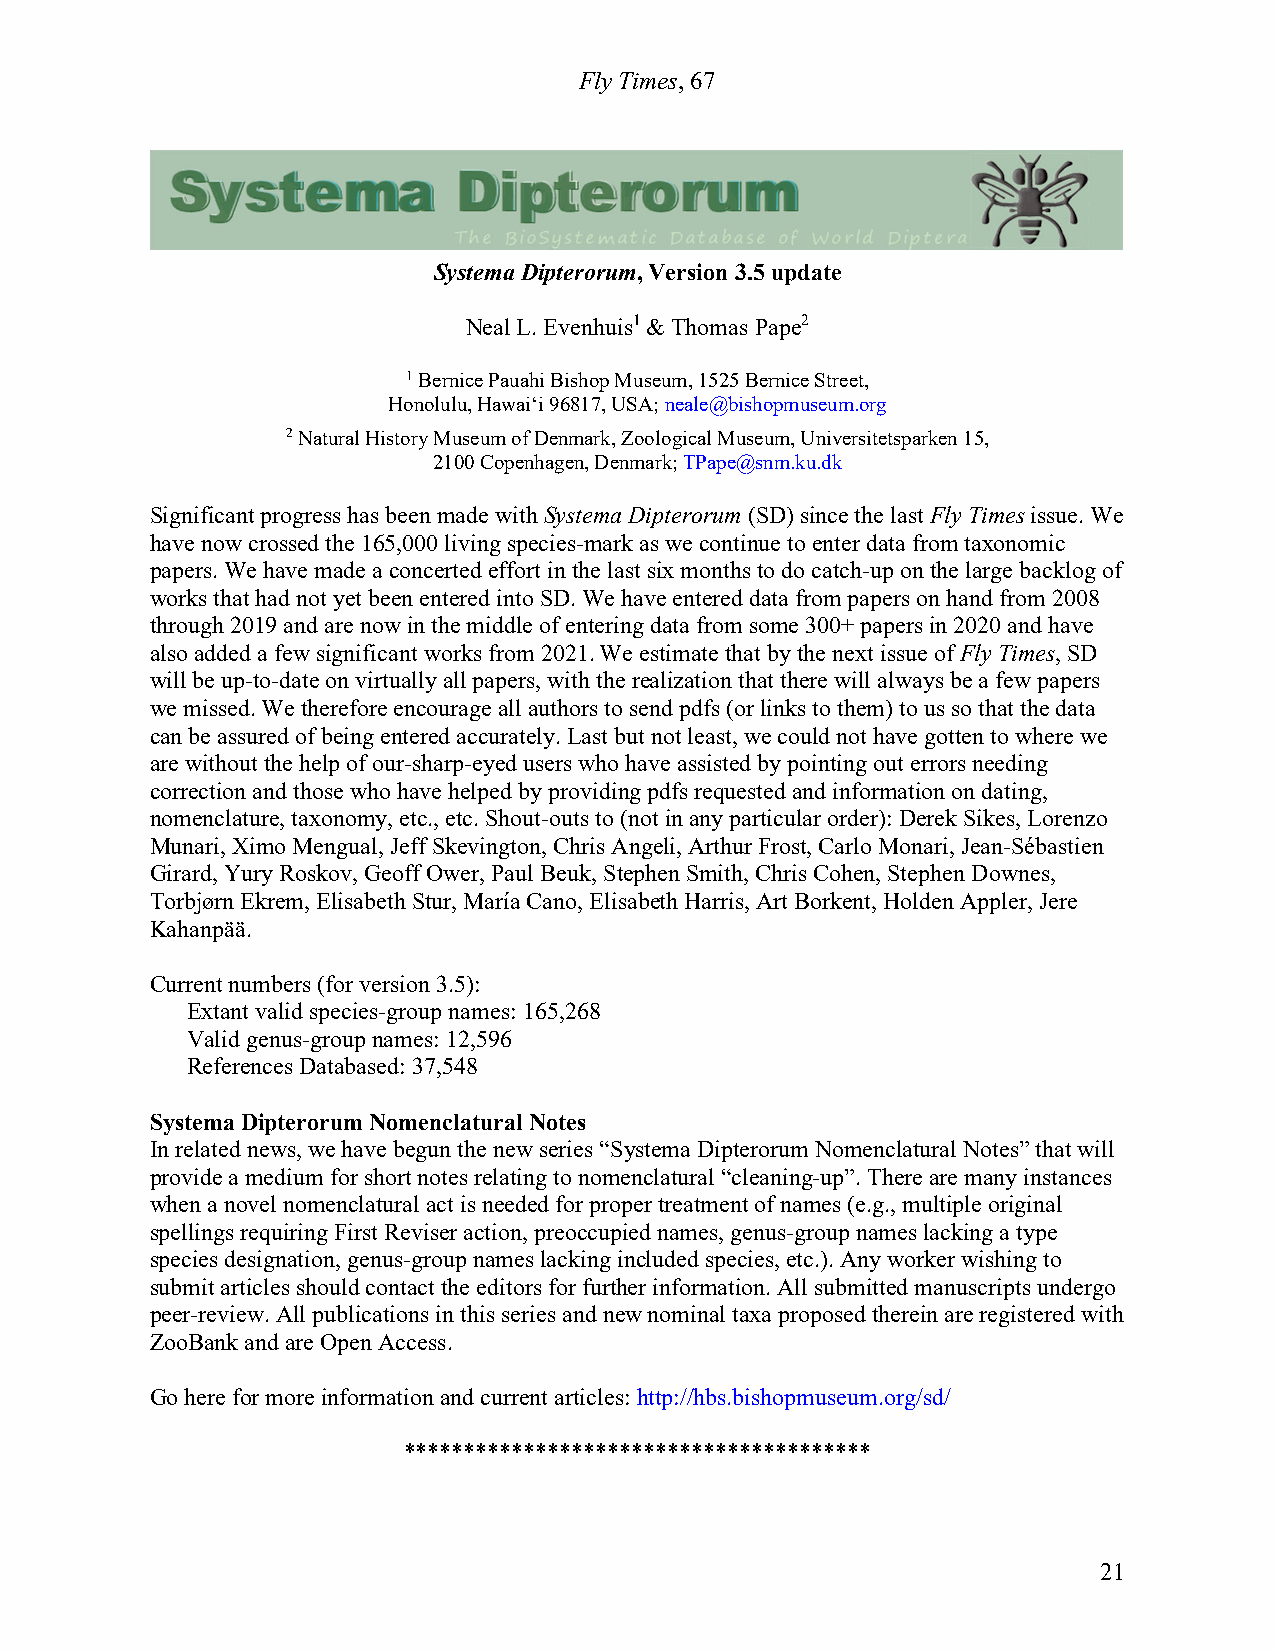
Fly Times, 67
 Systema Dipterorum, Version 3.5 update
 Neal L. Evenhuis1 & Thomas Pape2
 1 Bernice Pauahi Bishop Museum, 1525 Bernice Street,
 Honolulu, Hawai‘i 96817, USA; neale@bishopmuseum.org
 2 Natural History Museum of Denmark, Zoological Museum, Universitetsparken 15,
 2100 Copenhagen, Denmark; TPape@snm.ku.dk
 Significant progress has been made with Systema Dipterorum (SD) since the last Fly Times issue. We
 have now crossed the 165,000 living species-mark as we continue to enter data from taxonomic
 papers. We have made a concerted effort in the last six months to do catch-up on the large backlog of
 works that had not yet been entered into SD. We have entered data from papers on hand from 2008
 through 2019 and are now in the middle of entering data from some 300+ papers in 2020 and have
 also added a few significant works from 2021. We estimate that by the next issue of Fly Times, SD
 will be up-to-date on virtually all papers, with the realization that there will always be a few papers
 we missed. We therefore encourage all authors to send pdfs (or links to them) to us so that the data
 can be assured of being entered accurately. Last but not least, we could not have gotten to where we
 are without the help of our-sharp-eyed users who have assisted by pointing out errors needing
 correction and those who have helped by providing pdfs requested and information on dating,
 nomenclature, taxonomy, etc., etc. Shout-outs to (not in any particular order): Derek Sikes, Lorenzo
 Munari, Ximo Mengual, Jeff Skevington, Chris Angeli, Arthur Frost, Carlo Monari, Jean-Sébastien
 Girard, Yury Roskov, Geoff Ower, Paul Beuk, Stephen Smith, Chris Cohen, Stephen Downes,
 Torbjørn Ekrem, Elisabeth Stur, María Cano, Elisabeth Harris, Art Borkent, Holden Appler, Jere
 Kahanpää.
 Current numbers (for version 3.5):
 Extant valid species-group names: 165,268
 Valid genus-group names: 12,596
 References Databased: 37,548
 Systema Dipterorum Nomenclatural Notes
 In related news, we have begun the new series “Systema Dipterorum Nomenclatural Notes” that will
 provide a medium for short notes relating to nomenclatural “cleaning-up”. There are many instances
 when a novel nomenclatural act is needed for proper treatment of names (e.g., multiple original
 spellings requiring First Reviser action, preoccupied names, genus-group names lacking a type
 species designation, genus-group names lacking included species, etc.). Any worker wishing to
 submit articles should contact the editors for further information. All submitted manuscripts undergo
 peer-review. All publications in this series and new nominal taxa proposed therein are registered with
 ZooBank and are Open Access.
 Go here for more information and current articles: http://hbs.bishopmuseum.org/sd/
 ***************************************
 21